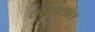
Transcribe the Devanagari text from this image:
चघळतात